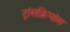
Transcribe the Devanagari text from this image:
ट्रांसक्रिप्शंस